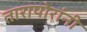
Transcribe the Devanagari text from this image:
तारापोरांनी